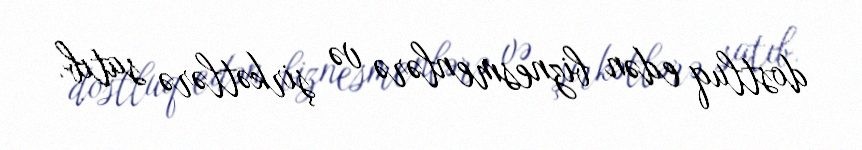
dostluq edən biznesmenlərə və şirkətlərə satıb.